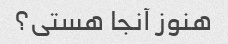
هنوز آنجا هستی؟